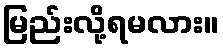
မြည်းလို့ရမလား။